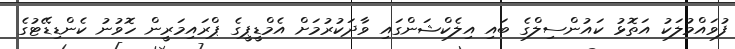
ފުވައްމުލަކު އަތޮޅު ކައުންސިލްގެ ބައި އިލެކްޝަންގައި ވާދަކުރުމަށް އެމްޑީޕީގެ ޕްރައިމަރީން ހޮވުނު ކެންޑިޑޭޓުގެ